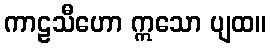
ကာဠသီဟော ဣသော ပျထ။